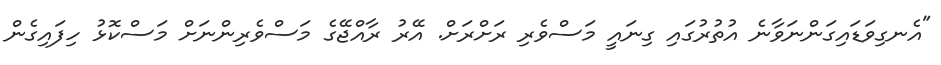
"އެނގިވަޑައިގަންނަވާނެ އުތުރުގައި ގިނައީ މަސްވެރި ރަށްރަށް. އޭރު ރާއްޖޭގެ މަސްވެރިންނަށް މަސްކޮޅު ހިފައިގެން